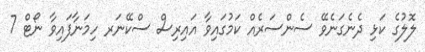
ލޮލުގެ ކަޅި ދެނެގަނެވޭ ސެންސަރެއް ކަމުގައިވާ އައިރިސް ސްކޭނަރ ހިމަނާފައިވާ ނޯޓް 7